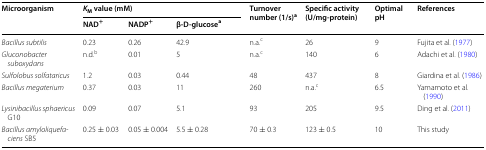
<table><thead><tr><td rowspan="2"><b>Microorganism</b></td><td colspan="3"><b><i>K</i><sub>M</sub> value (mM)</b></td><td rowspan="2"><b>Turnover number (1/s)<sup>a</sup></b></td><td rowspan="2"><b>Specific activity (U/mg-protein)</b></td><td rowspan="2"><b>Optimal pH</b></td><td rowspan="2"><b>References</b></td></tr><tr><td><b>NAD<sup>+</sup></b></td><td><b>NADP<sup>+</sup></b></td><td><b>β-D-glucose<sup>a</sup></b></td></tr></thead><tbody><tr><td><i>Bacillus subtilis</i></td><td>0.23</td><td>0.26</td><td>42.9</td><td>n.a.<sup>c</sup></td><td>26</td><td>9</td><td>Fujita et al. (1977)</td></tr><tr><td><i>Gluconobacter suboxydans</i></td><td>n.d.<sup>b</sup></td><td>0.01</td><td>5</td><td>n.a.<sup>c</sup></td><td>140</td><td>6</td><td>Adachi et al. (1980)</td></tr><tr><td><i>Sulfolobus solfataricus</i></td><td>1.2</td><td>0.03</td><td>0.44</td><td>48</td><td>437</td><td>8</td><td>Giardina et al. (1986)</td></tr><tr><td><i>Bacillus megaterium</i></td><td>0.37</td><td>0.03</td><td>11</td><td>260</td><td>n.a.<sup>c</sup></td><td>6.5</td><td>Yamamoto et al. (1990)</td></tr><tr><td><i>Lysinibacillus sphaericus</i> G10</td><td>0.09</td><td>0.07</td><td>5.1</td><td>93</td><td>205</td><td>9.5</td><td>Ding et al. (2011)</td></tr><tr><td><i>Bacillus amyloliquefaciens</i> SB5</td><td>0.25 ± 0.03</td><td>0.05 ± 0.004</td><td>5.5 ± 0.28</td><td>70 ± 0.3</td><td>123 ± 0.5</td><td>10</td><td>This study</td></tr></tbody></table>